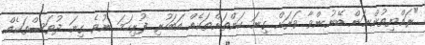
"ރައްޔިތުންނަން ބޭނުންވާ ވަރަށް ގިނަ ކަންތަށްތަކެއް އަބަހުރި ފުރިހަމަ ނުވެ ގިނަ ދުވަސްތަކެއް